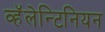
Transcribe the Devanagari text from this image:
व्हॅलेन्टिनियन